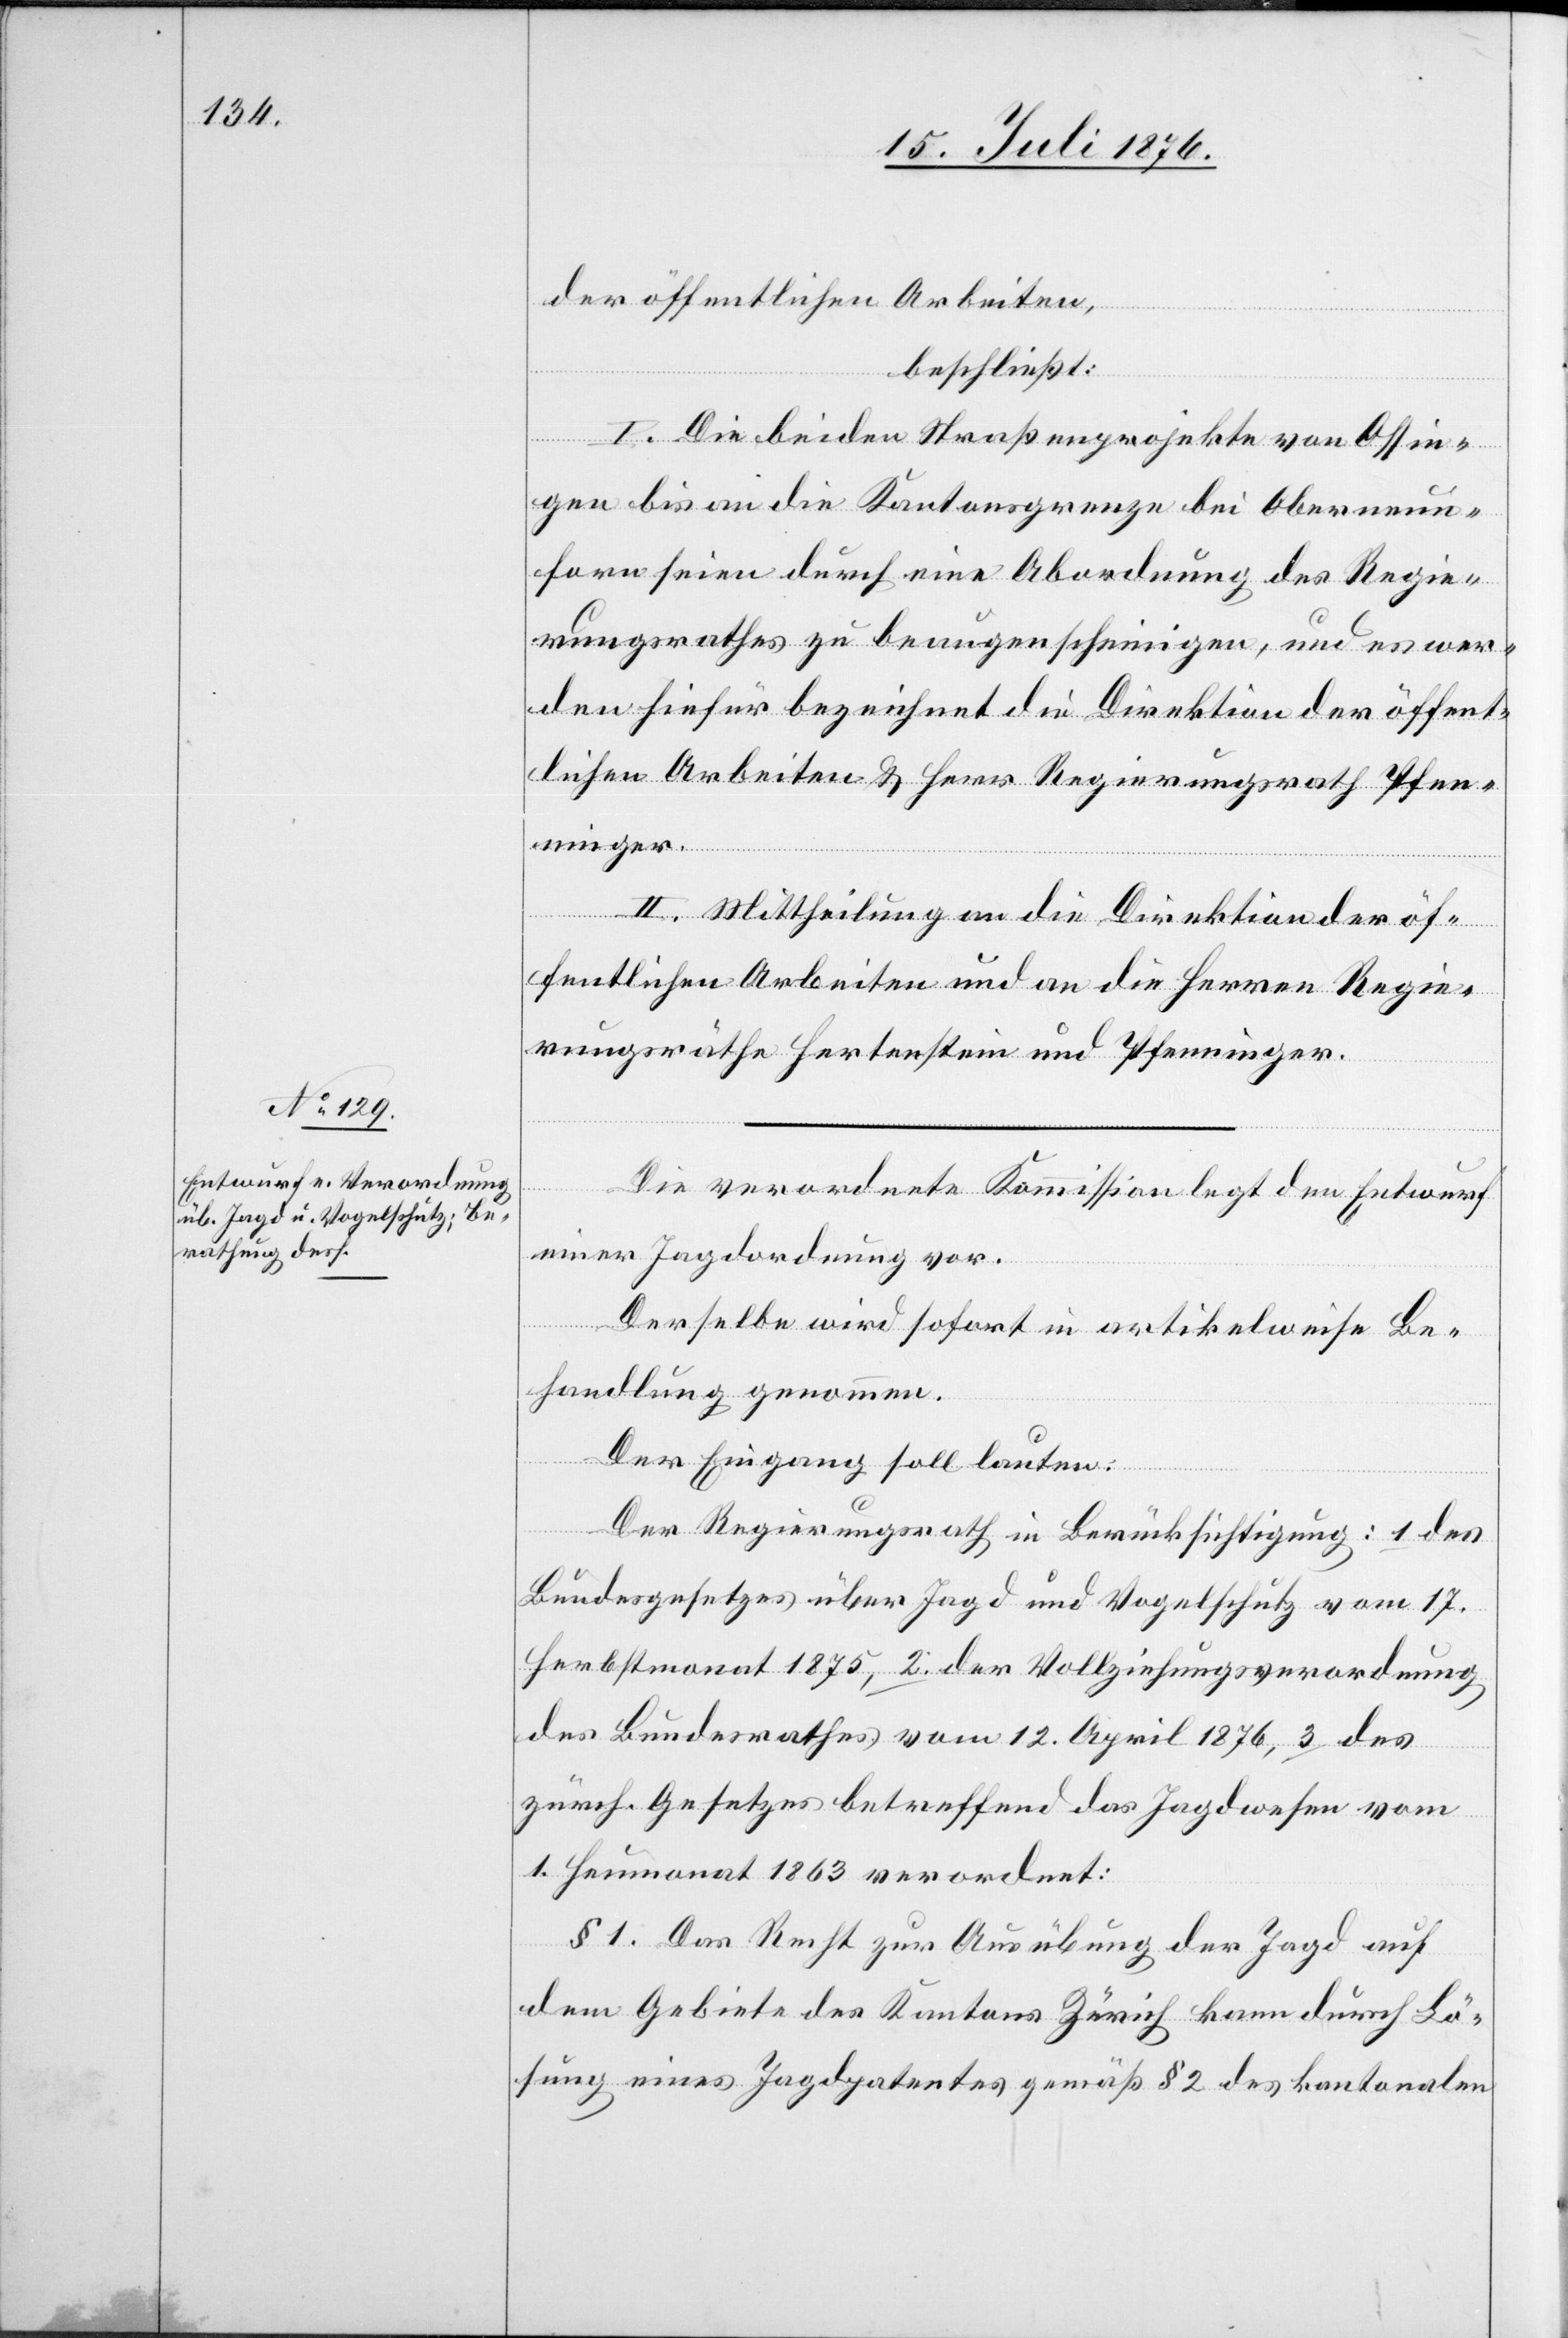
der öffentlichen Arbeiten,
ninger.
beschließt:
I. Die beiden Straßenprojekte von Ossin¬
gen bis an die Kantonsgrenze bei Oberneun¬
forn seien durch eine Abordnung des Regie¬
rungsrathes zu beaugenscheinigen, und es wer¬
den hiefür bezeichnet die Direktion der öffent¬
lichen Arbeiten & Herr Regierungsrath Pfen¬
II. Mittheilung an die Direktion der öf¬
fentlichen Arbeiten und an die Herren Regie¬
rungsräthe Hertenstein und Pfenninger.
Die verordnete Kommission legt den Entwurf
einer Jagdordnung vor.
Derselbe wird sofort in artikelweise Be¬
handlung genommen.
Der Eingang soll lauten:
Der Regierungsrath in Berücksichtigung: 1. des
Bundesgesetzes über Jagd und Vogelschutz vom 17.
Herbstmonat 1875, 2. der Vollziehungsverordnung
des Bundesrathes vom 12. April 1876, 3. des
zürch. Gesetzes betreffend das Jagdwesen vom
1. Heumonat 1863 verordnet:
§ 1. Das Recht zur Ausübung der Jagd auf
dem Gebiete des Kantons Zürich kann durch Lö¬
sung eines Jagdpatentes gemäß § 2 des kantonalen